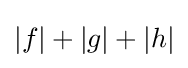
|f|+|g|+|h|